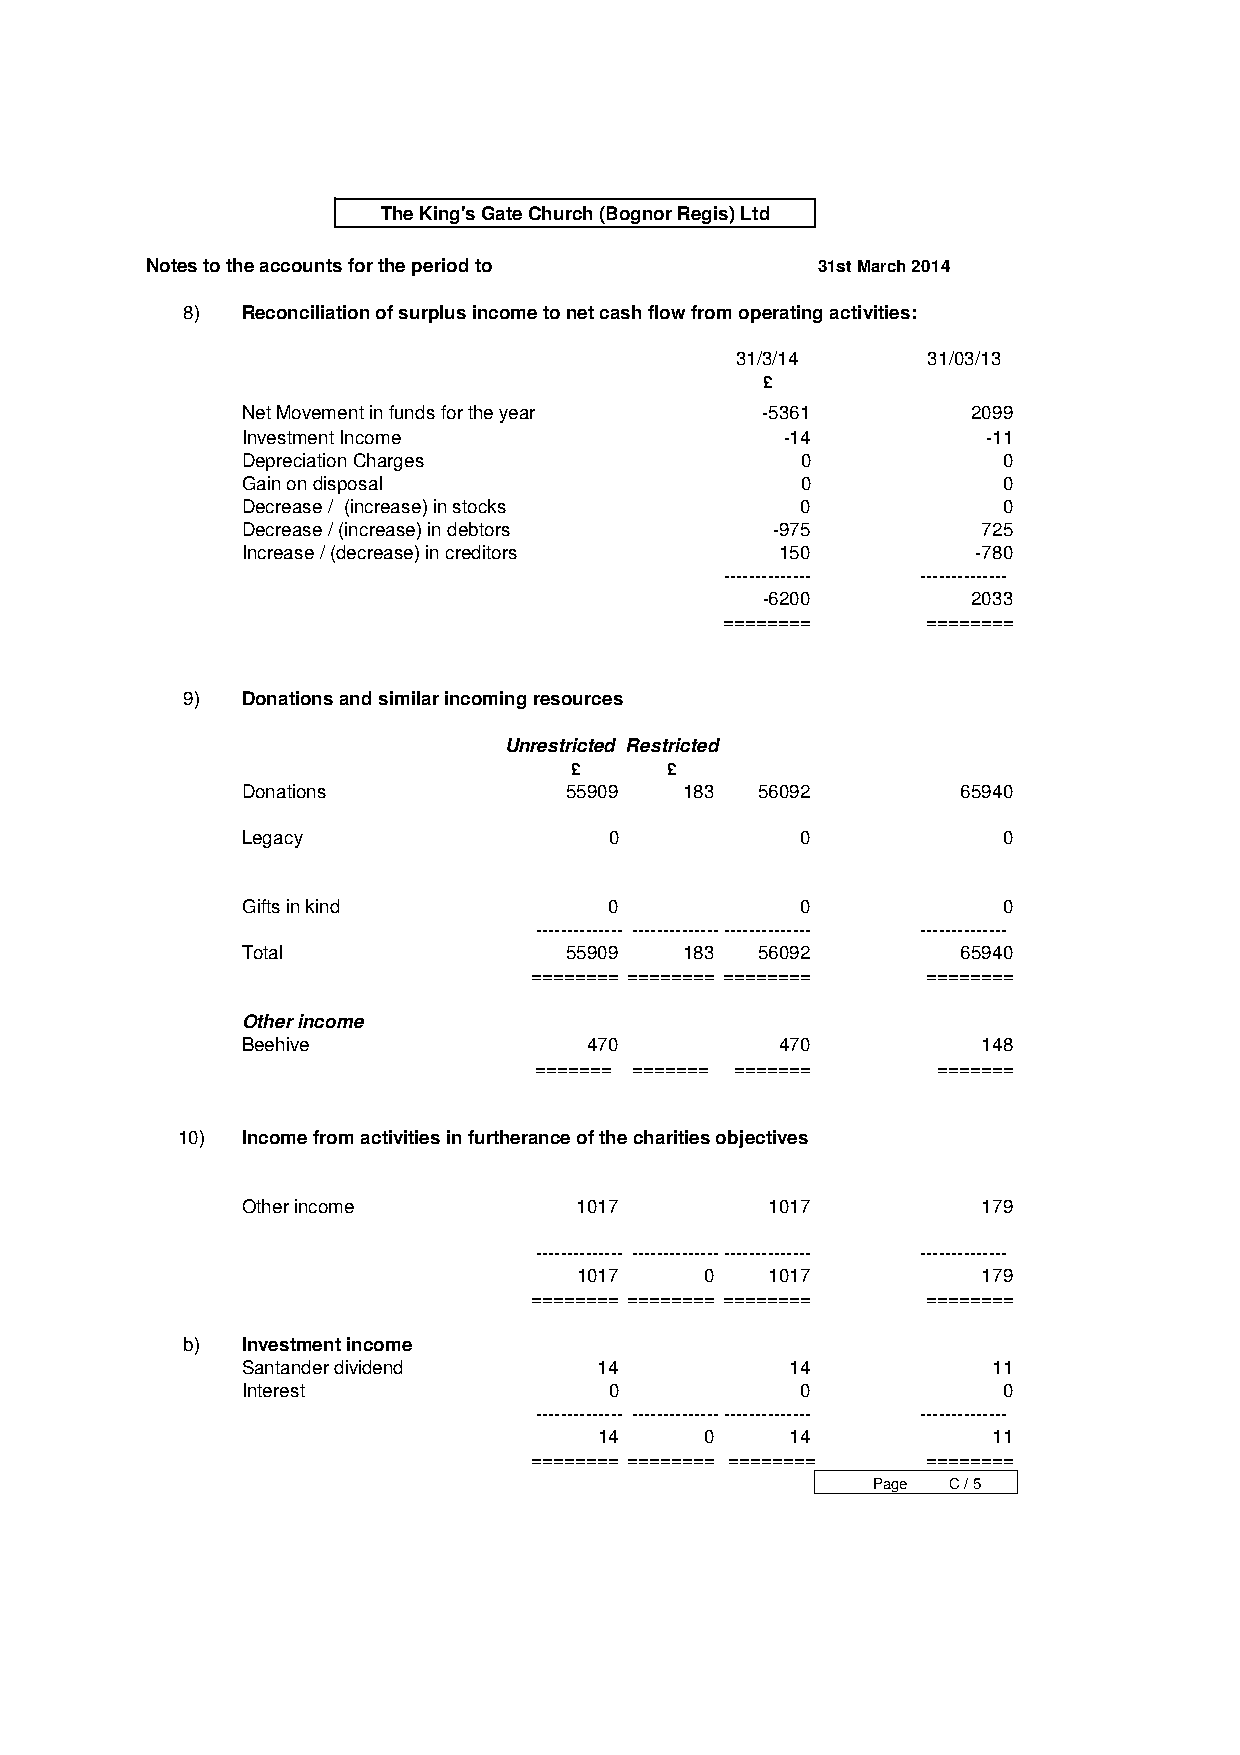
The King's Gate Church (Bognor Regis) Ltd
 Notes to the accounts for the period to     31st March 2014
 8)  Reconciliation of surplus income to net cash flow from operating activities:
 31/3/14     31/03/13
 £
 Net Movement in funds for the year -5361        2099
 Investment Income                   -14          -11
 Depreciation Charges                 0            0
 Gain on disposal                     0            0
 Decrease / (increase) in stocks      0            0
 Decrease / (increase) in debtors   -975          725
 Increase / (decrease) in creditors  150          -780
 -------------- --------------
 -6200         2033
 ========     ========
 9)  Donations and similar incoming resources
 Unrestricted Restricted
 £     £
 Donations             55909  183  56092         65940
 Legacy                  0            0            0
 Gifts in kind           0            0            0
 -------------- -------------- -------------- --------------
 Total                 55909  183  56092         65940
 ======== ======== ======== ========
 Other income
 Beehive                470          470          148
 ======= ======= =======    =======
 10) Income from activities in furtherance of the charities objectives
 Other income          1017         1017          179
 -------------- -------------- -------------- --------------
 1017     0   1017          179
 ======== ======== ======== ========
 b)  Investment income
 Santander dividend      14          14            11
 Interest                0            0            0
 -------------- -------------- -------------- --------------
 14     0    14            11
 ======== ======== ======== ========
 Page C / 5